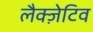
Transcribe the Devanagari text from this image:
लैक्ज़ेटिव